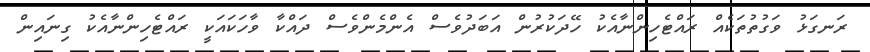
ރަނގަޅު ވަގުތުތަކެއް ރައްޓެހިންނާއެކު ހޭދަކުރުން އަބަދުވެސް އެންމެންވެސް ދައްކާ ވާހަކައަކީ ރައްޓެހިންނާއެކު ގިނައިން